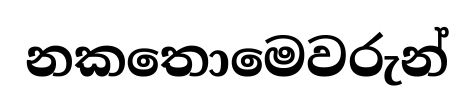
නකතොමෙවරුන්